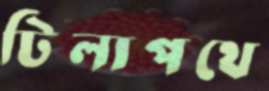
টিলাপথে